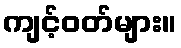
ကျင့်ဝတ်များ။